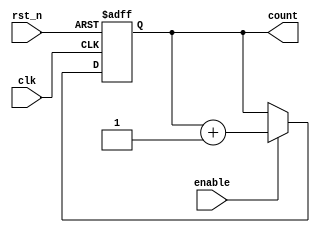
module counter(count,enable,clk,rst_n);  
  input enable,clk,rst_n;  
  output reg[3:0] count;  
  always @(posedge clk or negedge rst_n)  
  begin  
   if(~rst_n) count <= 4'b0000;  
   else if(enable)  
    count <= count + 4'b0001;  
  end  //fpga4student.com: FPga projects, Verilog projects, VHDL projects
 endmodule